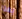
بهذا